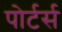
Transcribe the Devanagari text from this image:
पोर्टर्स